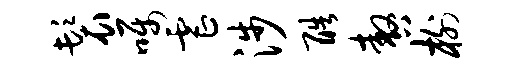
鬟嘱虐涉酷嗷榭